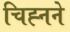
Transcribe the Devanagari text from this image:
चिह्नने